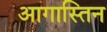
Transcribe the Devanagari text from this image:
आगास्तिन